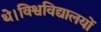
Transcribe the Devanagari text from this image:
थे।विश्वविद्यालयों